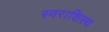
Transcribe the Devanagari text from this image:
स्वराशिस्थ